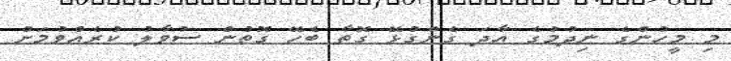
މި މީހުންގެ ނިދުމުގެ އާދަ ގެންގުޅޭ ގޮތާ ބެހޭ ގޮތުން ސުވާލު ކުރެއްވުމަށް